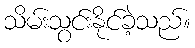
သိမ်းသွင်းနိုင်ခဲ့သည်။